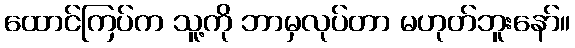
ထောင်ကြပ်က သူ့ကို ဘာမှလုပ်တာ မဟုတ်ဘူးနော်။